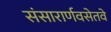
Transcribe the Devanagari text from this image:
संसारार्णवसेतवे